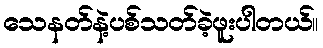
သေနတ်နဲ့ပစ်သတ်ခဲ့ဖူးပါတယ်။